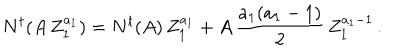
N ^ { t } ( A \, Z _ { 1 } ^ { a _ { 1 } } ) = N ^ { t } ( A ) \, Z _ { 1 } ^ { a _ { 1 } } + A \, { \frac { a _ { 1 } ( a _ { 1 } - 1 ) } { 2 } } \, Z _ { 1 } ^ { a _ { 1 } - 1 } \, .